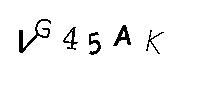
VG45AK